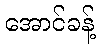
အောင်ခန့်